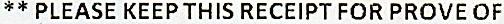
** PLEASE KEEP THIS RECEIPT FOR PROVE OF